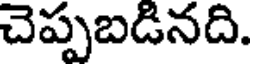
చెప్పబడినది.